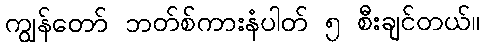
ကျွန်တော် ဘတ်စ်ကားနံပါတ် ၅ စီးချင်တယ်။